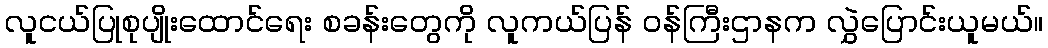
လူငယ်ပြုစုပျိုးထောင်ရေး စခန်းတွေကို လူကယ်ပြန် ဝန်ကြီးဌာနက လွှဲပြောင်းယူမယ်။